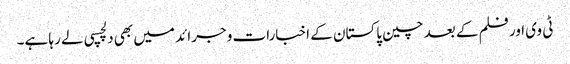
ٹی وی اور فلم کے بعد چین پاکستان کے اخبارات و جرائد میں بھی دلچسپی لے رہا ہے۔